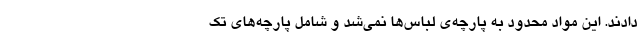
دادند. این مواد محدود به پارچه‌ی لباس‌ها نمی‌شد و شامل پارچه‌های تک